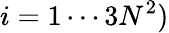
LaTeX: i=1\cdots 3N^{2})